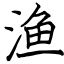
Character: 渔